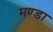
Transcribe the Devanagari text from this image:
मण्डा